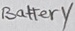
Text: Battery